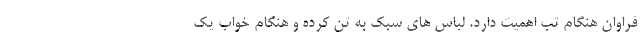
فراوان هنگام تب اهمیت دارد. لباس های سبک به تن کرده و هنگام خواب یک